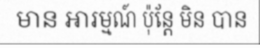
មាន អារម្មណ៍ ប៉ុន្តែ មិន បាន